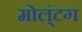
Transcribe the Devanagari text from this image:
मोल्‌ंटग